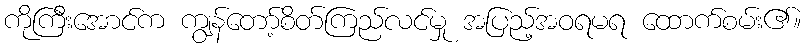
ကိုကြီးအောင်က ကျွန်တော့်စိတ်ကြည်လင်မှု အပြည့်အဝရမရ ထောက်စမ်း၏။